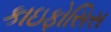
કાઇફોસિસ